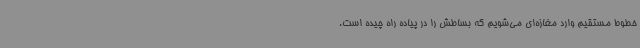
خطوط مستقیم وارد مغازه‌ای می‌شویم که بساطش را در پیاده راه چیده است.